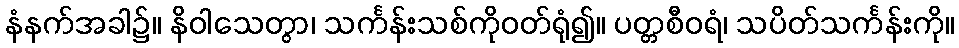
နံနက်အခါ၌။ နိဝါသေတွာ၊ သင်္ကန်းသစ်ကိုဝတ်ရုံ၍။ ပတ္တစီဝရံ၊ သပိတ်သင်္ကန်းကို။